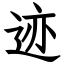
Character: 迹